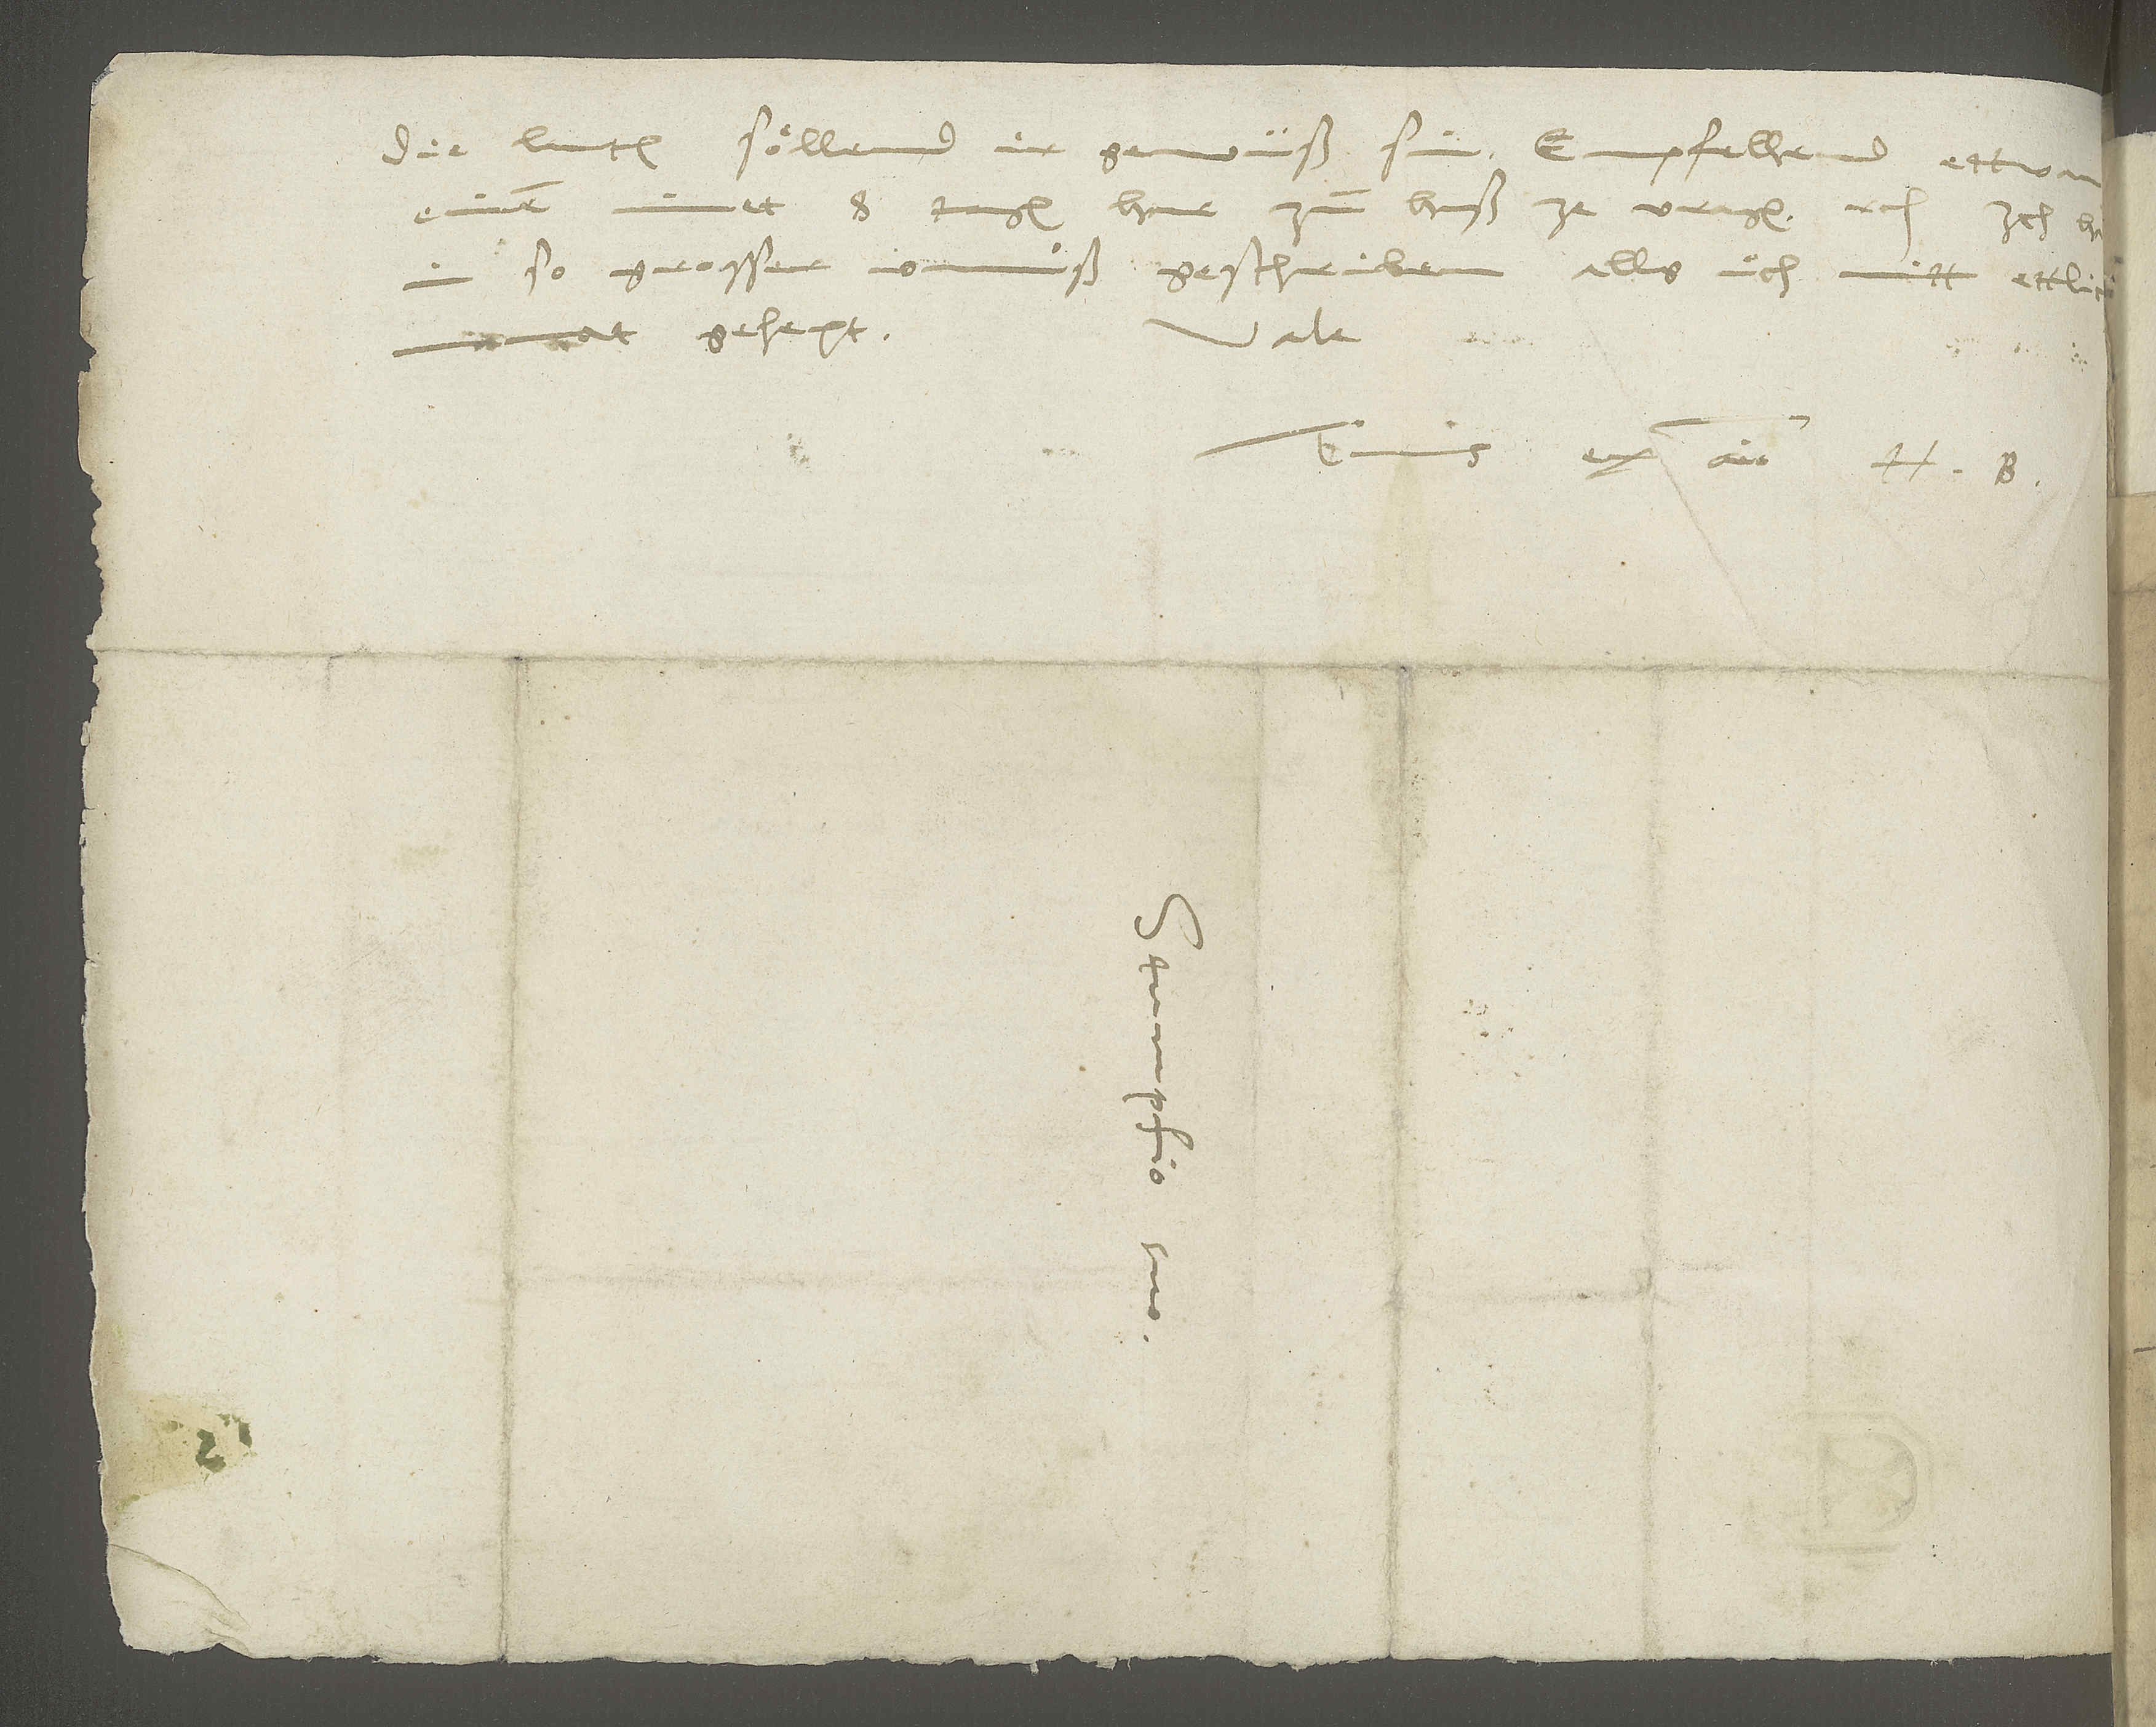
die luten söllend ir gewüß sin. Empfellend ettwan
einen inet 8 tagen har zum huß ze vragen etc.
Vale.
manot gehept.
ex animo H.